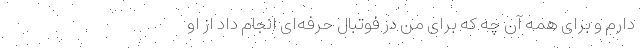
دارم و برای همه آن چه که برای من در فوتبال حرفه‌ای انجام داد از او